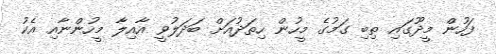
ފަހުން މީދޫގައި ތިބި ގަމުގެ މީހުން ހިތަދުއަށް ބަދަލުވީ އާއިލާ މީހުންނާއި އެކު